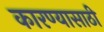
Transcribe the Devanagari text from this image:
कारण्यासाठी